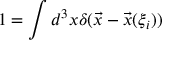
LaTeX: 1 = \int d ^ { 3 } x \delta ( \vec { x } - \vec { x } ( \xi _ { i } ) )